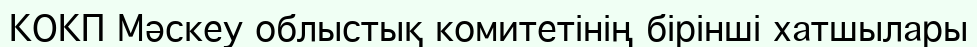
КОКП Мәскеу облыстық комитетінің бірінші хатшылары